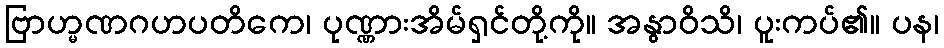
ဗြာဟ္မဏဂဟပတိကေ၊ ပုဏ္ဏားအိမ်ရှင်တို့ကို။ အနွာဝိသိ၊ ပူးကပ်၏။ ပန၊